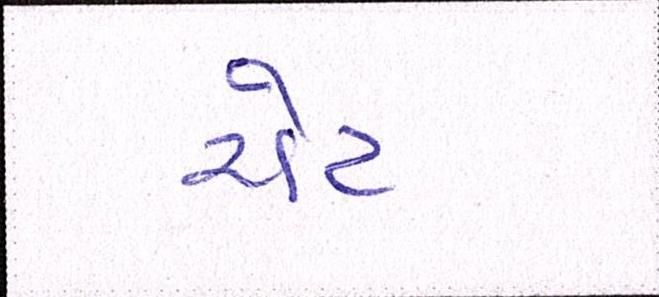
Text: ચેટ